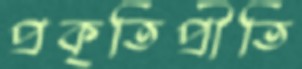
প্রকৃতিপ্রীতি